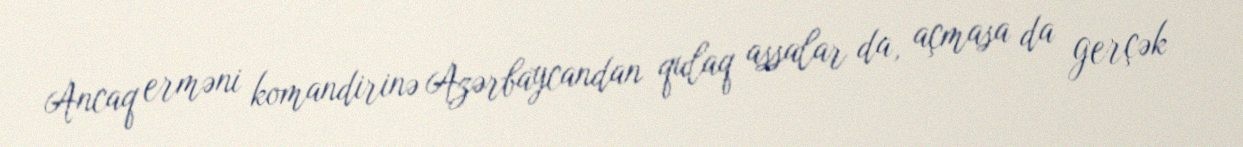
Ancaq erməni komandirinə Azərbaycandan qulaq assalar da, açmasa da gerçək